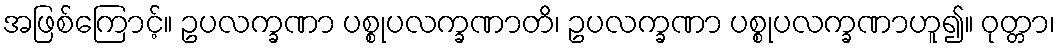
အဖြစ်ကြောင့်။ ဥပလက္ခဏာ ပစ္စုပလက္ခဏာတိ၊ ဥပလက္ခဏာ ပစ္စုပလက္ခဏာဟူ၍။ ဝုတ္တာ၊